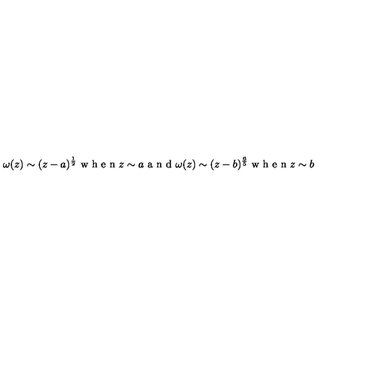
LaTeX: \qquad \omega ( z ) \sim ( z - a ) ^ { \frac { 1 } { 2 } } \makebox { w h e n } z \sim a \makebox { a n d } \omega ( z ) \sim ( z - b ) ^ { \frac { 6 } { 5 } } \makebox { w h e n } z \sim b